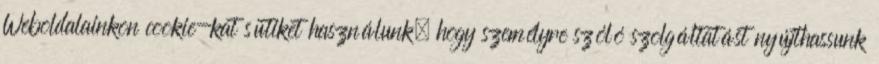
Weboldalainkon cookie-kat sütiket használunk, hogy személyre szóló szolgáltatást nyújthassunk